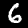
Label: 6